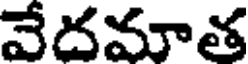
వేదమాత